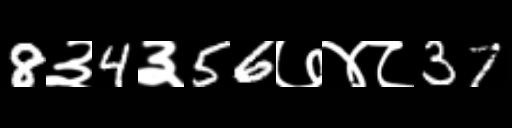
Text: 8३4३56७४८37